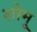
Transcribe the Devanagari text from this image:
शोमु